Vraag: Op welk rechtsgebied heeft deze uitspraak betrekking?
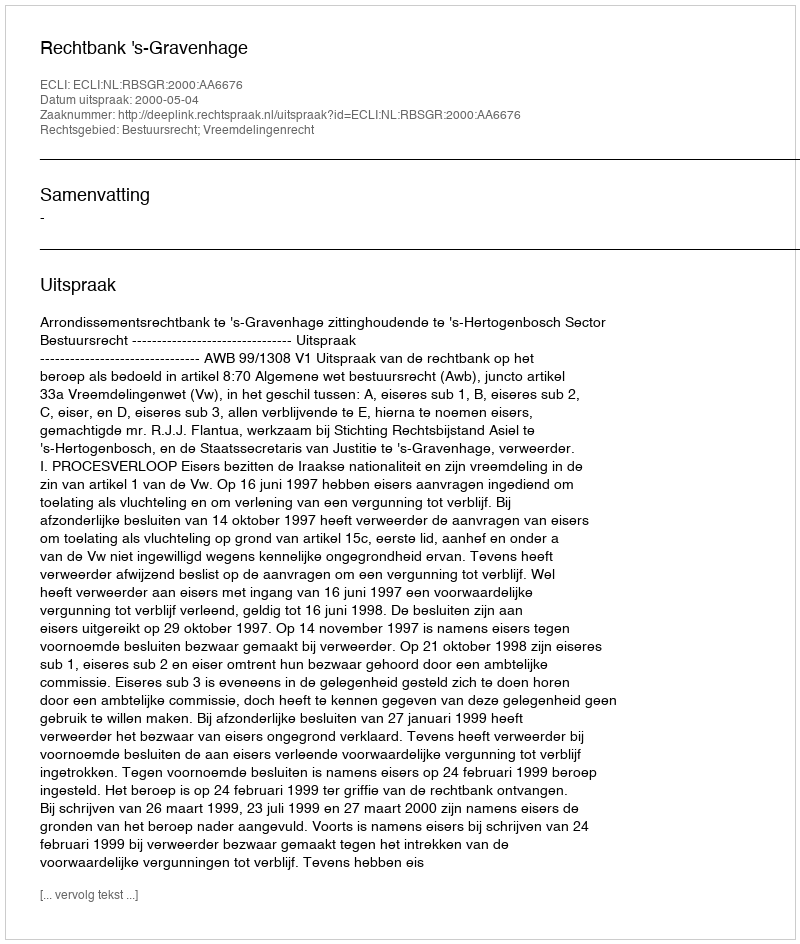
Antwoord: Bestuursrecht; Vreemdelingenrecht